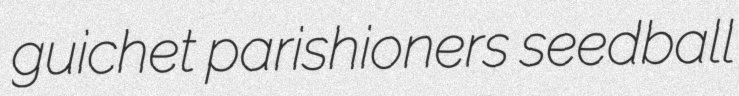
guichet parishioners seedball